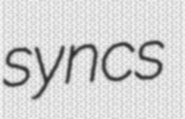
syncs